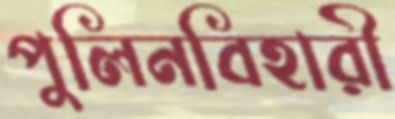
পুলিনবিহারী